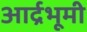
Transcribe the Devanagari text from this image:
आर्द्रभूमी